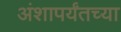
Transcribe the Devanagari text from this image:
अंशापर्यंतच्या